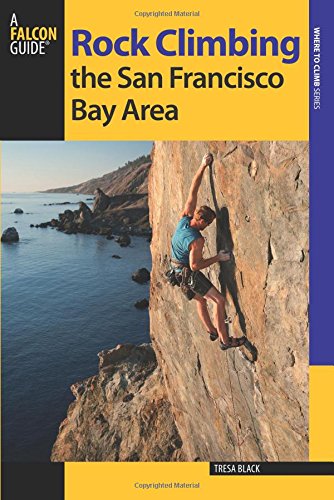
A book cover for Rock Climbing the San Francisco Bay Area (Regional Rock Climbing Series); Tresa Black; Sports & Outdoors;